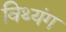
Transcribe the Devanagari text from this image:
विथ्यंग